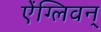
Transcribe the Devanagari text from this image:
ऐंग्लिवन्